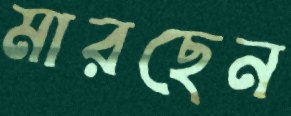
মারছেন